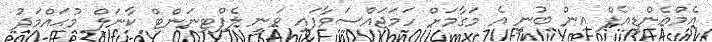
އެމްއެންޑީއެފް އިން ބުނީ އެ މަގާމަށް ހަމަޖައްސަވާފައި ވަނީ ލެފްޓިނަންޓް ކާނަލް މުޙައްމަދު